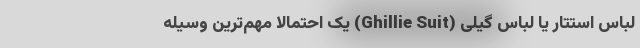
لباس استتار یا لباس گیلی (Ghillie Suit) یک احتمالا مهم‌ترین وسیله